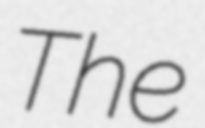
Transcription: The